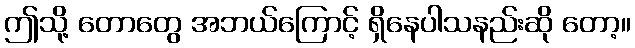
ဤသို့ တောတွေ အဘယ်ကြောင့် ရှိနေပါသနည်းဆို တော့။